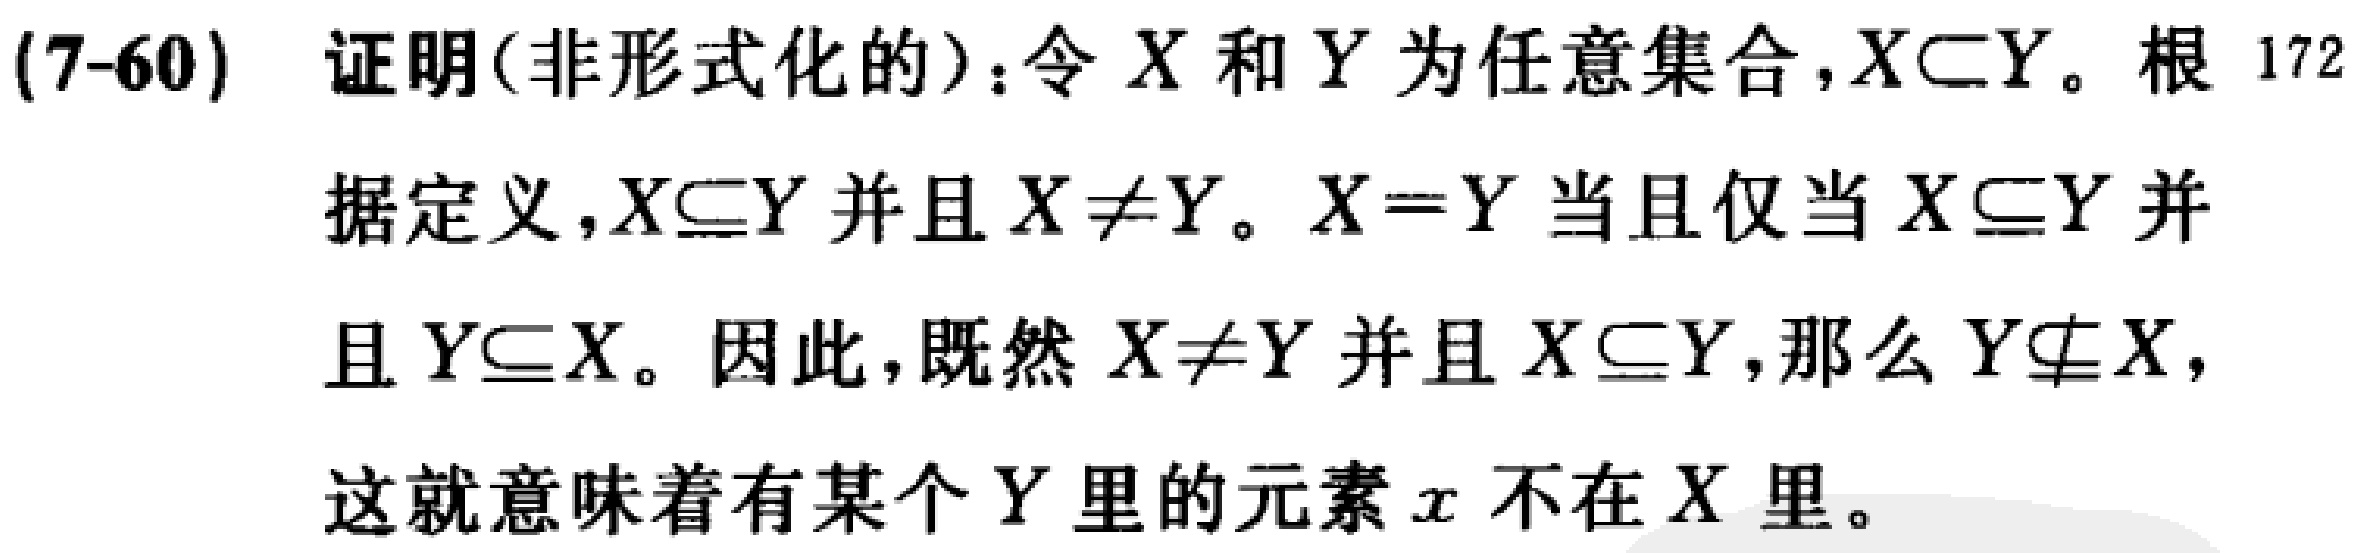
(7-60) 证明(非形式化的)：令 \(X\) 和 \(Y\) 为任意集合，\(X\subset Y\)。根据定义，\(X\subseteq Y\) 并且 \(X\neq Y\)。\(X = Y\) 当且仅当 \(X\subseteq Y\) 并且 \(Y\subseteq X\)。因此，既然 \(X\neq Y\) 并且 \(X\subseteq Y\)，那么 \(Y\nsubseteq X\)，这就意味着有某个 \(Y\) 里的元素 \(x\) 不在 \(X\) 里。